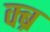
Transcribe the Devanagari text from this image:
क्ब्र